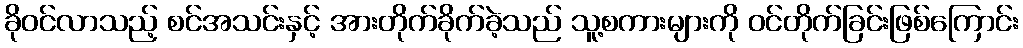
ခိုဝင်လာသည့် စင်အသင်းနှင့် အားတိုက်ခိုက်ခဲ့သည် သူ့စကားများကို ဝင်တိုက်ခြင်းဖြစ်ကြောင်း